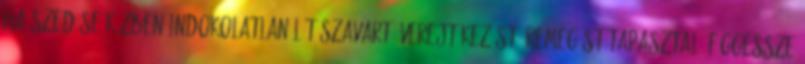
Ha szedése közben indokolatlan látászavart, verejtékezést, remegést tapasztal, függessze